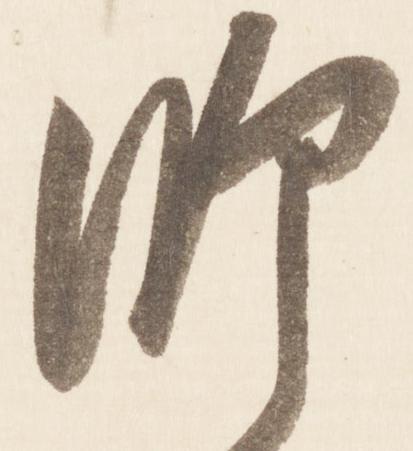
師